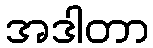
အဒါတာ